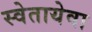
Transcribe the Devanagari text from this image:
स्वेतायेवा